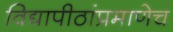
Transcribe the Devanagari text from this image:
विद्यापीठांप्रमाणेच